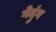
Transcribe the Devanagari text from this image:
गेदुंग